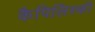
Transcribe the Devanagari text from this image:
कैपिलिंस्की